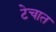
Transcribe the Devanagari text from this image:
टेचात